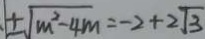
\pm \sqrt { m ^ { 2 } - 4 m } = - 2 + 2 \sqrt { 3 }